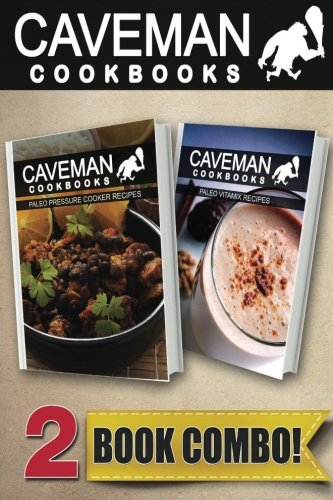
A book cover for Paleo Pressure Cooker Recipes and Paleo Vitamix Recipes: 2 Book Combo (Caveman Cookbooks ); Angela Anottacelli; Cookbooks, Food & Wine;